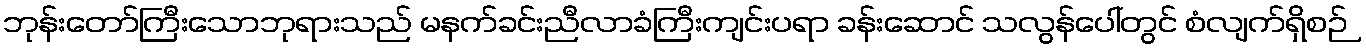
ဘုန်းတော်ကြီးသောဘုရားသည် မနက်ခင်းညီလာခံကြီးကျင်းပရာ ခန်းဆောင် သလွန်ပေါ်တွင် စံလျက်ရှိစဉ်